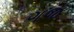
ગજ